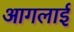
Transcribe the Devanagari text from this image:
आगलाई